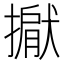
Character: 𢵐